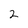
Character: 2